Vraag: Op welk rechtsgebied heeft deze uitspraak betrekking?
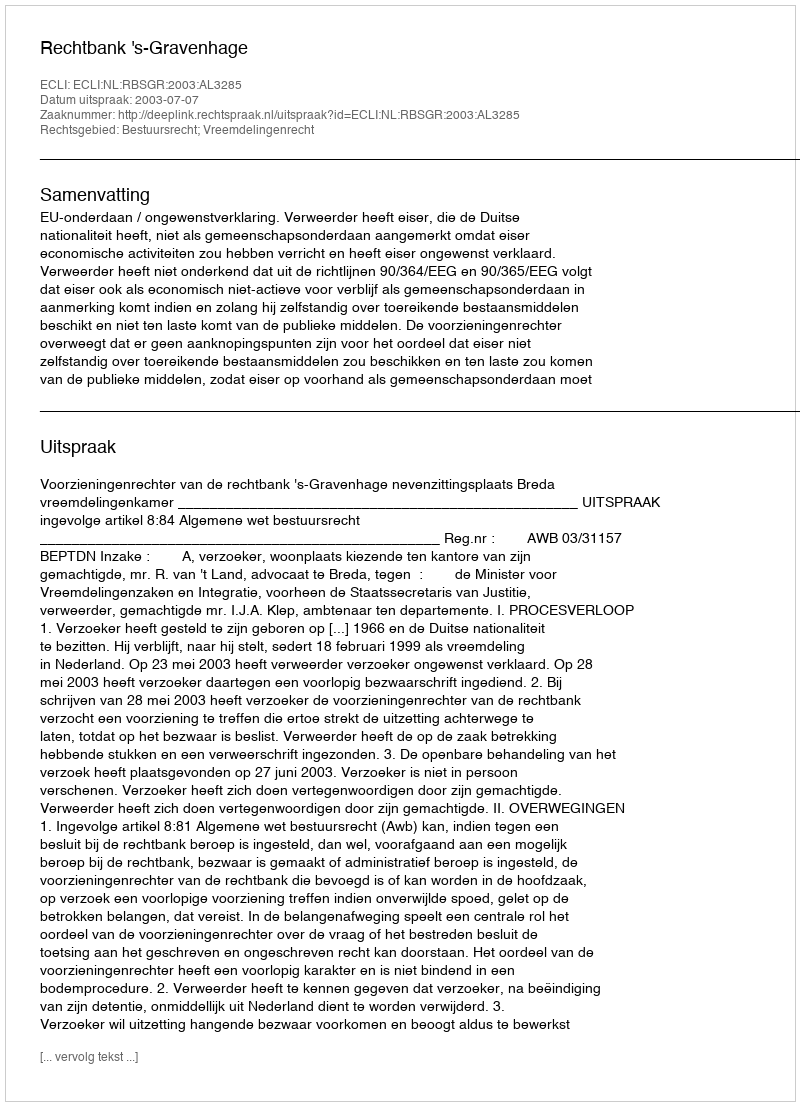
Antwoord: Bestuursrecht; Vreemdelingenrecht